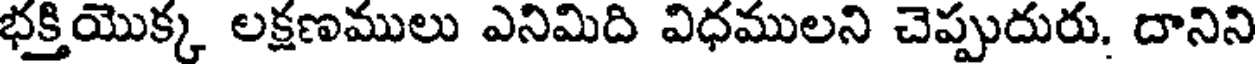
భక్తియొక్క లక్షణములు ఎనిమిది విధములని చెప్పుదురు. దానిని